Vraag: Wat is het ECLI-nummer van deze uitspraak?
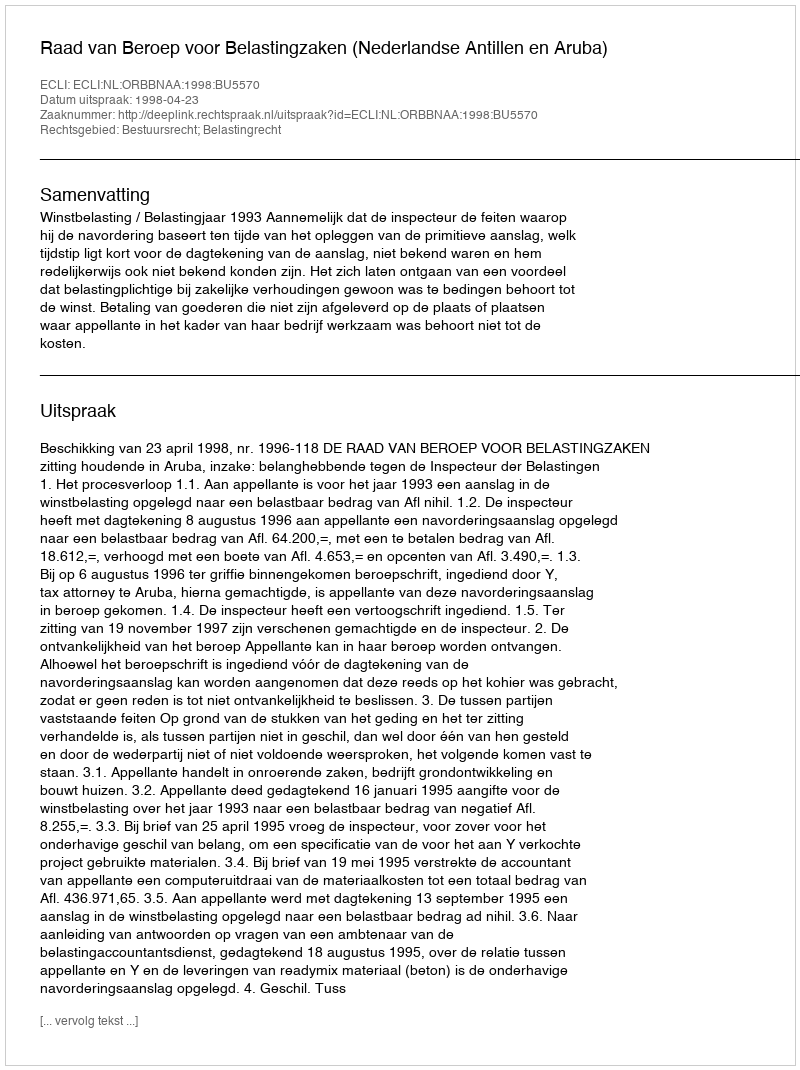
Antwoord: ECLI:NL:ORBBNAA:1998:BU5570